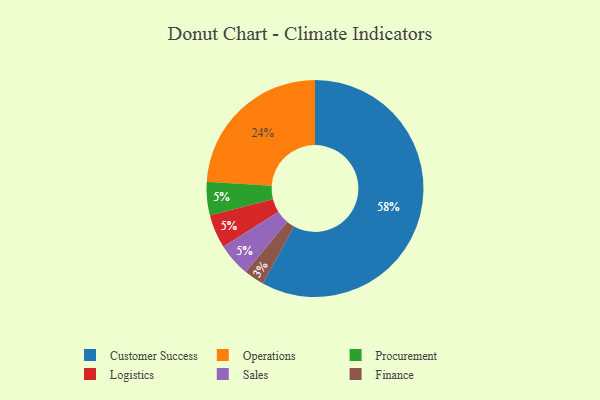
{"axis": {"x": "Category", "y": "Percentage"}, "legend": ["Customer Success", "Finance", "Logistics", "Operations", "Procurement", "Sales"], "data": [{"x": "Operations", "y": 24, "type": "Operations"}, {"x": "Procurement", "y": 5, "type": "Procurement"}, {"x": "Logistics", "y": 5, "type": "Logistics"}, {"x": "Customer Success", "y": 58, "type": "Customer Success"}, {"x": "Finance", "y": 3, "type": "Finance"}, {"x": "Sales", "y": 5, "type": "Sales"}]}